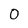
Character: 0